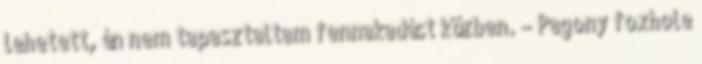
lehetett, én nem tapasztaltam fennakadást közben. – Pagony foxhole